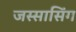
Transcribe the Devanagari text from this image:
जस्सासिंग